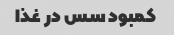
کمبود سس در غذا